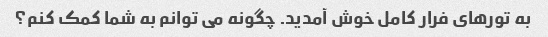
به تورهای فرار کامل خوش آمدید. چگونه می توانم به شما کمک کنم؟